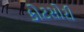
કોટસોરી